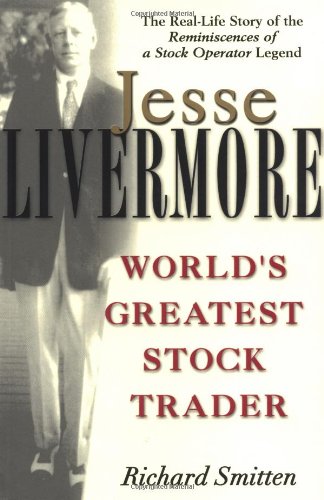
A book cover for Jesse Livermore: World's Greatest Stock Trader; Richard Smitten; Business & Money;